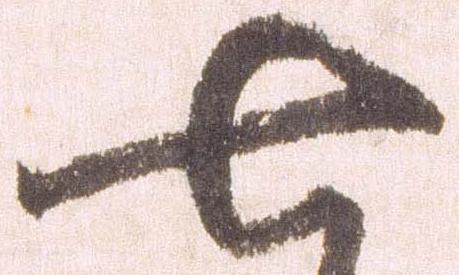
七